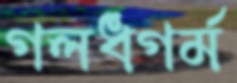
গলধগর্ম